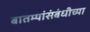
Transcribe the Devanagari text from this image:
बातम्यांसंबंधीच्या